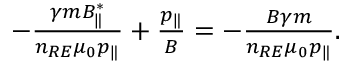
\begin{array} { r } { - \frac { \gamma m B _ { \| } ^ { * } } { n _ { R E } \mu _ { 0 } p _ { \| } } + \frac { p _ { \| } } { B } = - \frac { B \gamma m } { n _ { R E } \mu _ { 0 } p _ { \| } } . } \end{array}